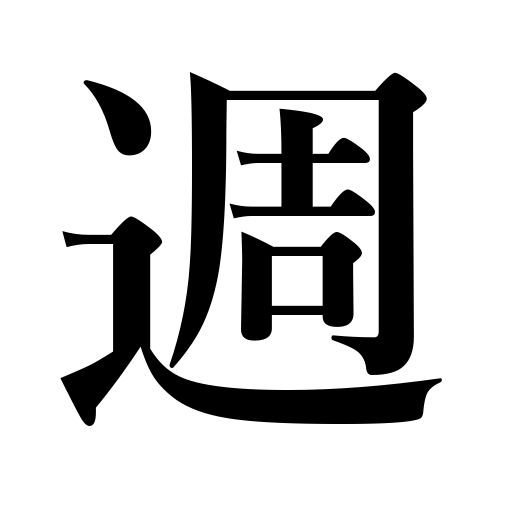
Meanings: week